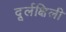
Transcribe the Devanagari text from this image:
दूर्लक्षिली